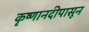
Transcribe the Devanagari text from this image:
कृष्णानदीपासून